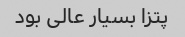
پتزا بسیار عالی بود